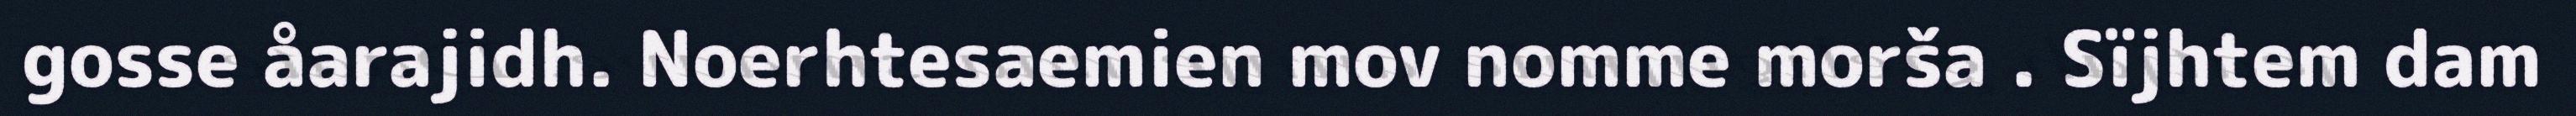
gosse åarajidh. Noerhtesaemien mov nomme morša . Sïjhtem dam